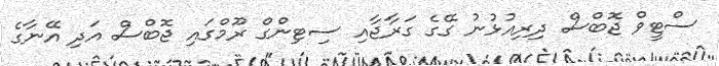
ސްޓީވް ޖޮބްސް ދިރިއުޅުނު ގޭގެ ގަރާޖާއި ސިޓިންގް ރޫމްގައި ޖޮބްސް އަދި އޭނާގެ